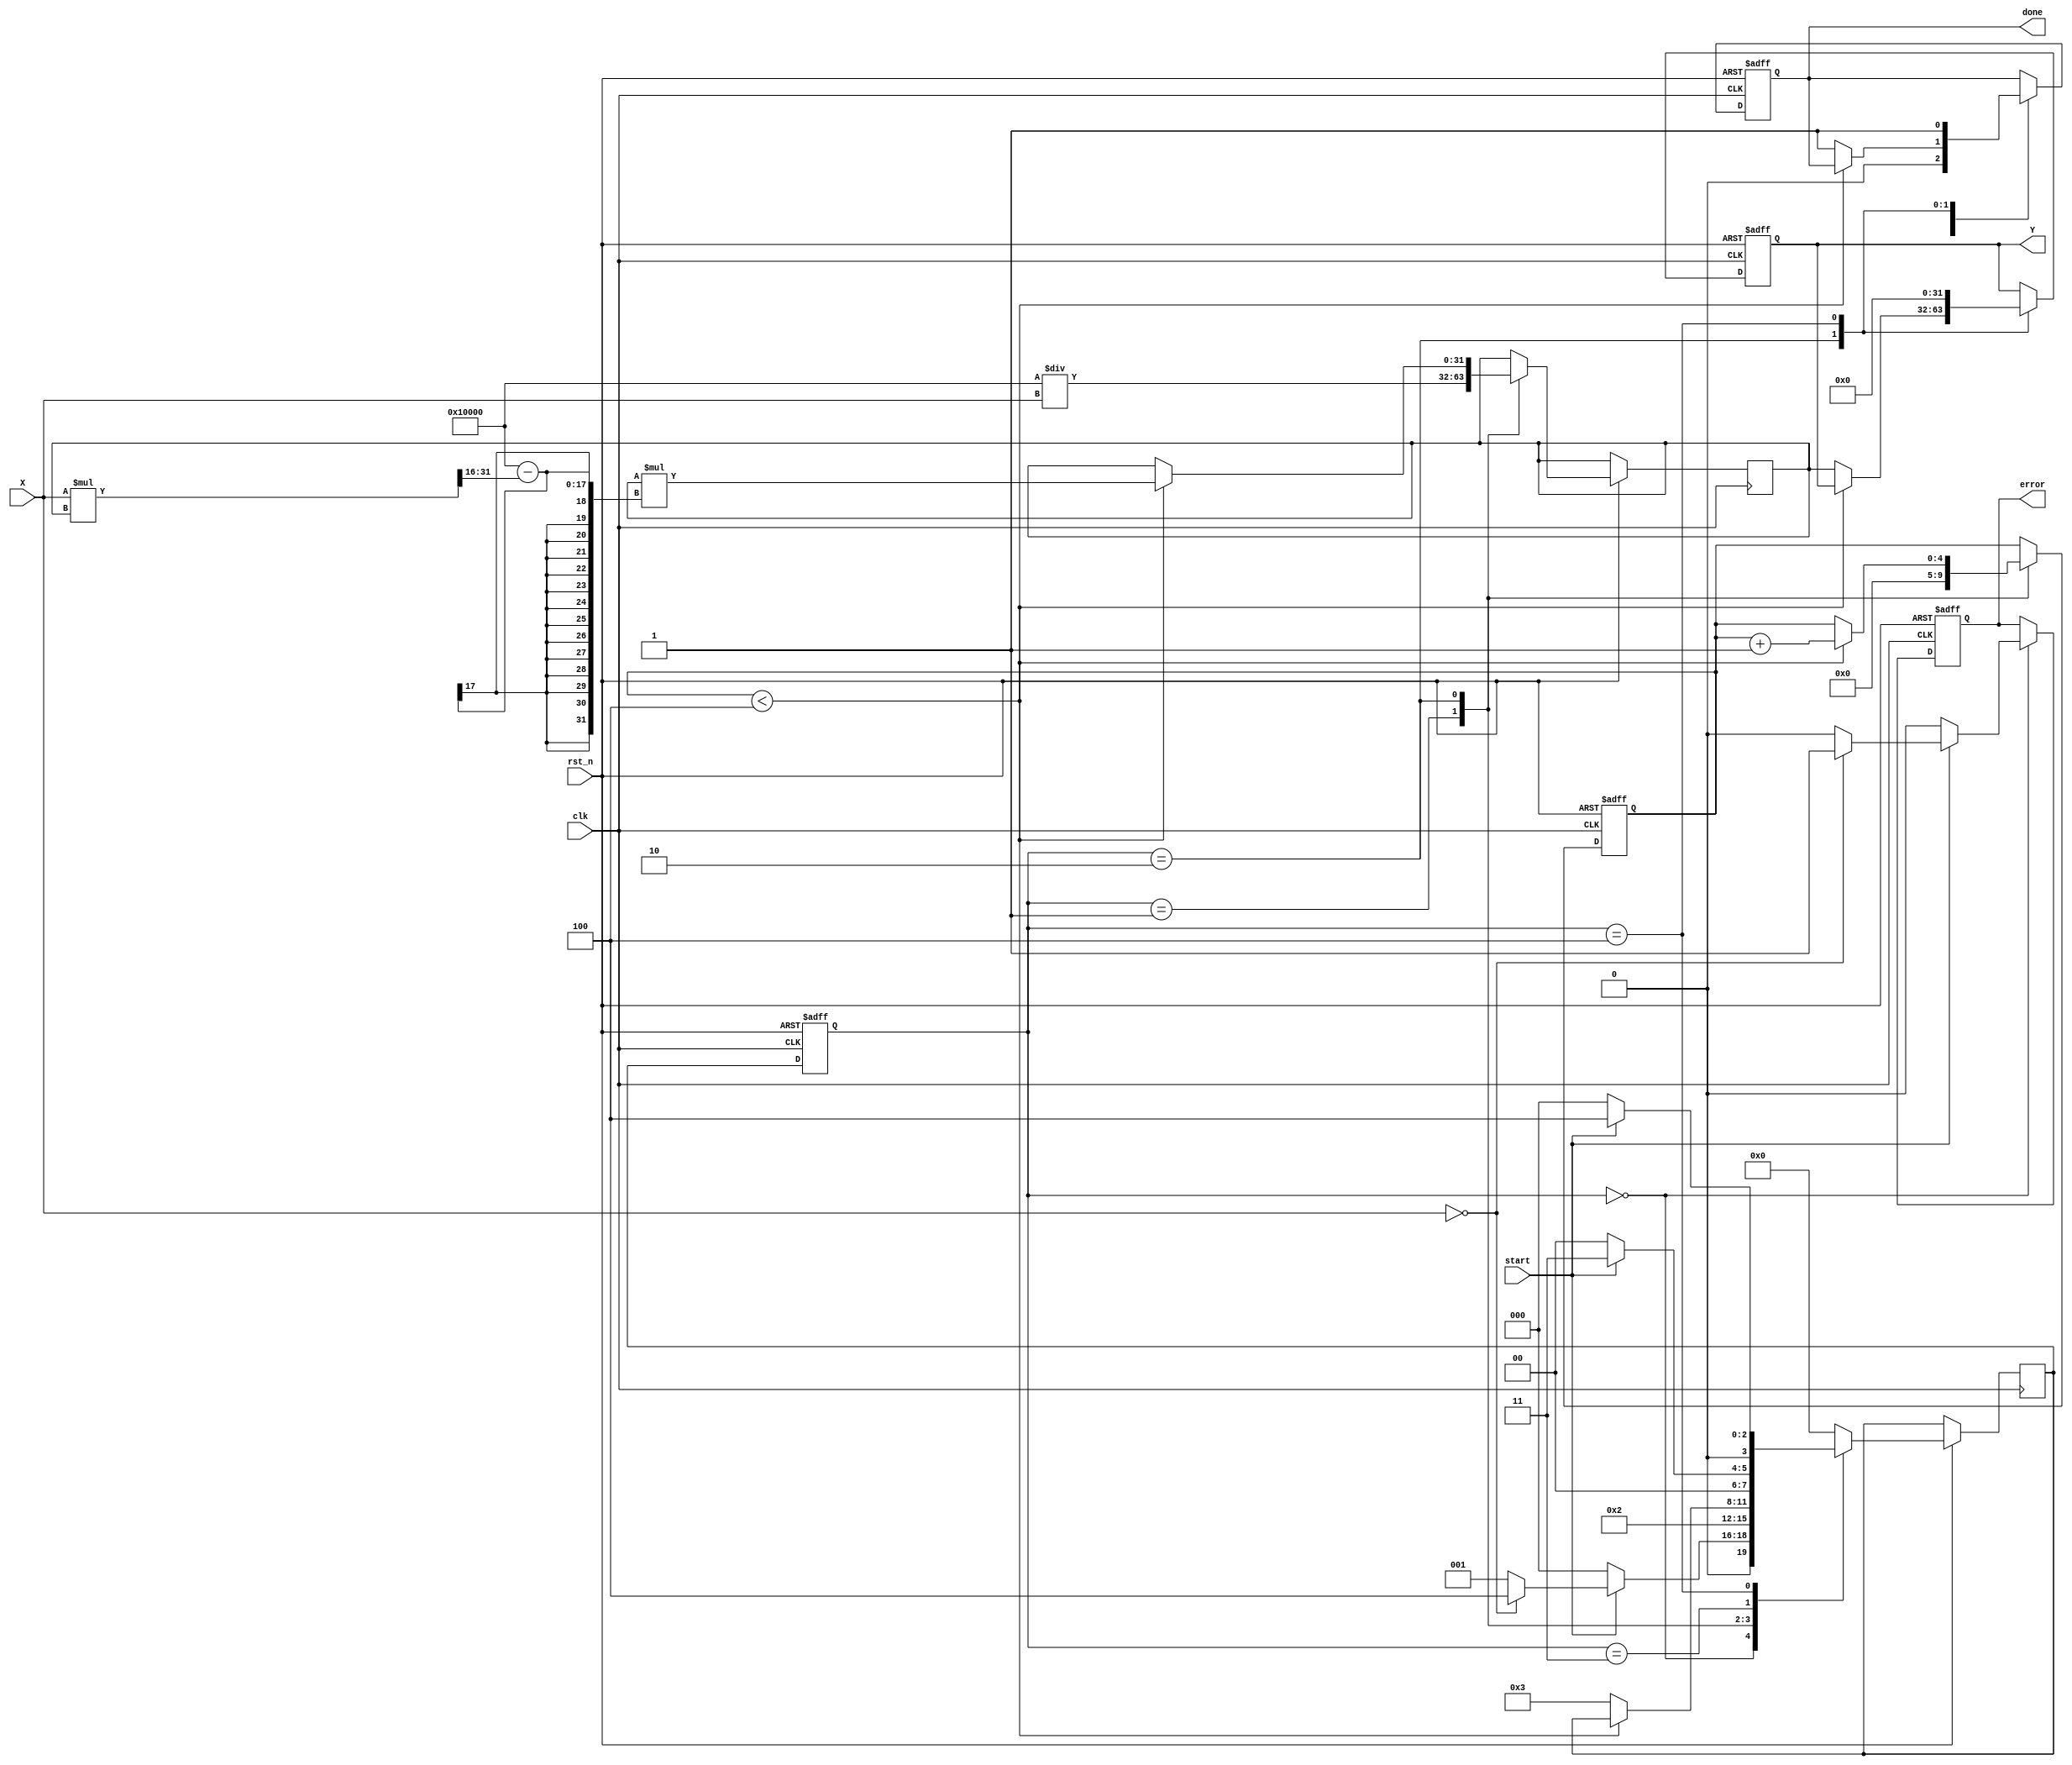
module FixedPointReciprocal #(
    parameter M = 16, // Number of bits for the integer part
    parameter N = 16, // Number of bits for the fractional part
    parameter TOTAL_BITS = M + N // Total number of bits
) (
    input  wire clk,             // Clock signal
    input  wire rst_n,           // Active low reset
    input  wire [TOTAL_BITS-1:0] X, // Input fixed-point number (non-zero)
    input  wire start,           // Start signal for computation
    output reg [TOTAL_BITS-1:0] Y, // Output fixed-point reciprocal
    output reg done,             // Done signal
    output reg error             // Error signal (division by zero or out of range)
);

    // Internal registers
    reg [TOTAL_BITS-1:0] approx; // Current approximation
    reg [TOTAL_BITS-1:0] x_inv;   // Inverse of input
    reg [3:0] state;              // State machine state
    reg [3:0] next_state;         // Next state
    reg [4:0] iteration_count;    // Iteration counter

    // State encoding
    localparam IDLE        = 4'd0;
    localparam INIT        = 4'd1;
    localparam COMPUTE     = 4'd2;
    localparam DONE        = 4'd3;
    localparam ERROR       = 4'd4;

    // Initial values
    initial begin
        Y = 0;
        done = 0;
        error = 0;
        state = IDLE;
        iteration_count = 0;
    end

    // State machine for control
    always @(posedge clk or negedge rst_n) begin
        if (!rst_n) begin
            state <= IDLE;
            Y <= 0;
            done <= 0;
            error <= 0;
            iteration_count <= 0;
        end else begin
            state <= next_state;
            case (state)
                IDLE: begin
                    done <= 0;
                    error <= 0;
                    if (start) begin
                        if (X == 0) begin
                            error <= 1; // Division by zero
                            next_state <= ERROR;
                        end else begin
                            next_state <= INIT;
                        end
                    end else begin
                        next_state <= IDLE;
                    end
                end

                INIT: begin
                    // Initial approximation: 1 / X = 2^n / X (where n is the fractional bits)
                    approx <= (1 << N) / X; // Initial approximation
                    iteration_count <= 0;
                    next_state <= COMPUTE;
                end

                COMPUTE: begin
                    if (iteration_count < 4) begin // Limit iterations for convergence
                        // Newton-Raphson iteration: approx = approx * (2 - X * approx)
                        approx <= approx * ((1 << N) - (X * approx >> N));
                        iteration_count <= iteration_count + 1;
                    end else begin
                        Y <= approx;
                        done <= 1;
                        next_state <= DONE;
                    end
                end

                DONE: begin
                    if (!start) begin
                        next_state <= IDLE; // Go back to IDLE on start signal low
                    end else begin
                        next_state <= DONE; // Stay in DONE state
                    end
                end

                ERROR: begin
                    // Handle error state
                    Y <= 0; // Output zero or a specific error code
                    done <= 1;
                    if (!start) begin
                        next_state <= IDLE; // Go back to IDLE on start signal low
                    end else begin
                        next_state <= ERROR; // Stay in ERROR state
                    end
                end

                default: next_state <= IDLE; // Default to IDLE
            endcase
        end
    end
endmodule